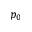
p _ { 0 }